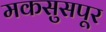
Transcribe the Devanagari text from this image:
मकसुसपूर